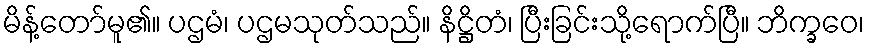
မိန့်တော်မူ၏။ ပဌမံ၊ ပဌမသုတ်သည်။ နိဋ္ဌိတံ၊ ပြီးခြင်းသို့ရောက်ပြီ။ ဘိက္ခဝေ၊